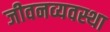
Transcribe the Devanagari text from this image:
जीवनव्यवस्था